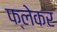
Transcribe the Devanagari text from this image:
फ्लेकर